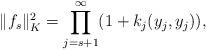
LaTeX: \begin{align*}\|f_s\|_{K}^2=\prod_{j=s+1}^\infty(1+k_j(y_j,y_j)),\end{align*}